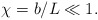
\begin{align*}\chi = b/L \ll 1.\end{align*}